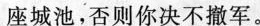
座城池，否则你决不撤军。